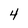
Character: 4